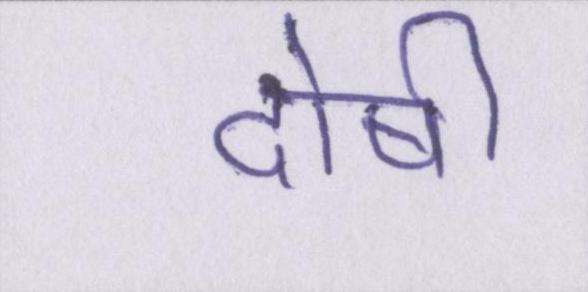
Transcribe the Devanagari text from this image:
दोषी